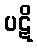
ပဋိ